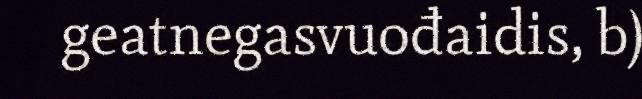
geatnegasvuođaidis, b)